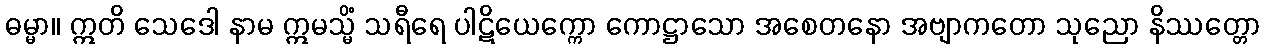
ဓမ္မာ။ ဣတိ သေဒေါ နာမ ဣမသ္မိံ သရီရေ ပါဋိယေက္ကော ကောဋ္ဌာသော အစေတနော အဗျာကတော သုညော နိဿတ္တော